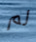
لم